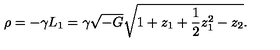
\rho = - \gamma L _ { 1 } = \gamma \sqrt { - G } \sqrt { 1 + z _ { 1 } + { \frac { 1 } { 2 } } z _ { 1 } ^ { 2 } - z _ { 2 } } .